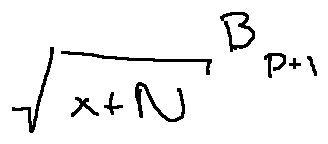
\sqrt { x + N } ^ { B _ { P } + l }